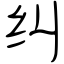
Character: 纠